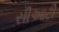
સીઆટી